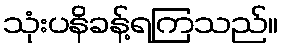
သုံးပနိခန့်ရကြသည်။